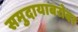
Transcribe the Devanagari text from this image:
समुदायाबरोबर